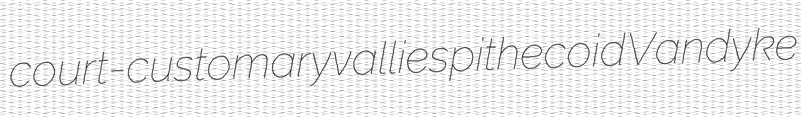
court-customary vallies pithecoid Vandyke